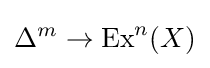
\Delta ^{m}\rightarrow \operatorname {Ex} ^{n}(X)